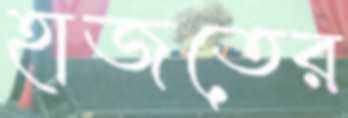
হাজতের